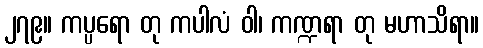
၂၇၉။ ကပ္ပရော တု ကပါလံ ဝါ၊ ကဏ္ဍရာ တု မဟာသိရာ။